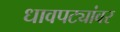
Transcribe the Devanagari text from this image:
धावपट्यांवर